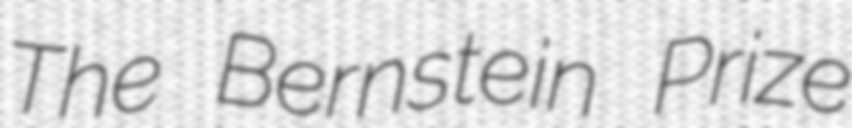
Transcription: The Bernstein Prize